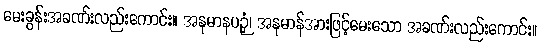
မေးခွန်းအခဏ်းလည်းကောင်း။ အနုမာနပဉှံ၊ အနုမာန်အားဖြင့်မေးသော အခဏ်းလည်းကောင်း။